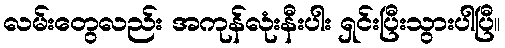
လမ်းတွေလည်း အကုန်လုံးနီးပါး ရှင်းပြီးသွားပါပြီ။